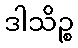
ဒါသိဉ္စ